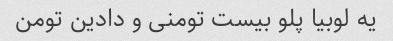
یه لوبیا پلو بیست تومنی و دادین تومن